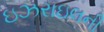
ઇઝરાઇલની